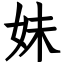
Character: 妹